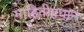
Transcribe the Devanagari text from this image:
माहितीप्रधान